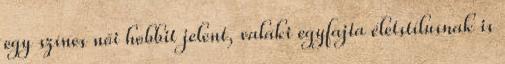
egy színes női hobbit jelent, valaki egyfajta életstílusnak is